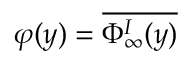
\varphi ( y ) = \overline { { \Phi _ { \infty } ^ { I } ( y ) } }